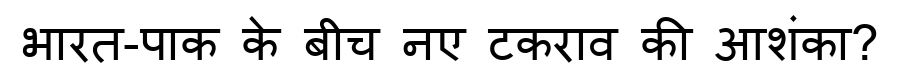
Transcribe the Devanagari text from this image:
भारत-पाक के बीच नए टकराव की आशंका?